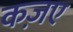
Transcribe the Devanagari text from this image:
कज़ए